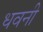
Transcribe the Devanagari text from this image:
धवनी